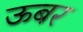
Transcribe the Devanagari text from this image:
ऊबर